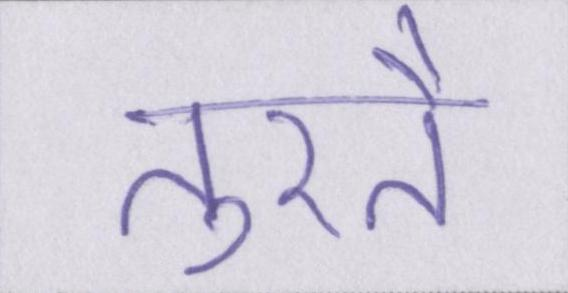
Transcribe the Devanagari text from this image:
तुरतै